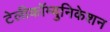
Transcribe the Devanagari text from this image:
टेलीकॉम्युनिकेशन